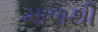
માળથી